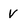
Character: V